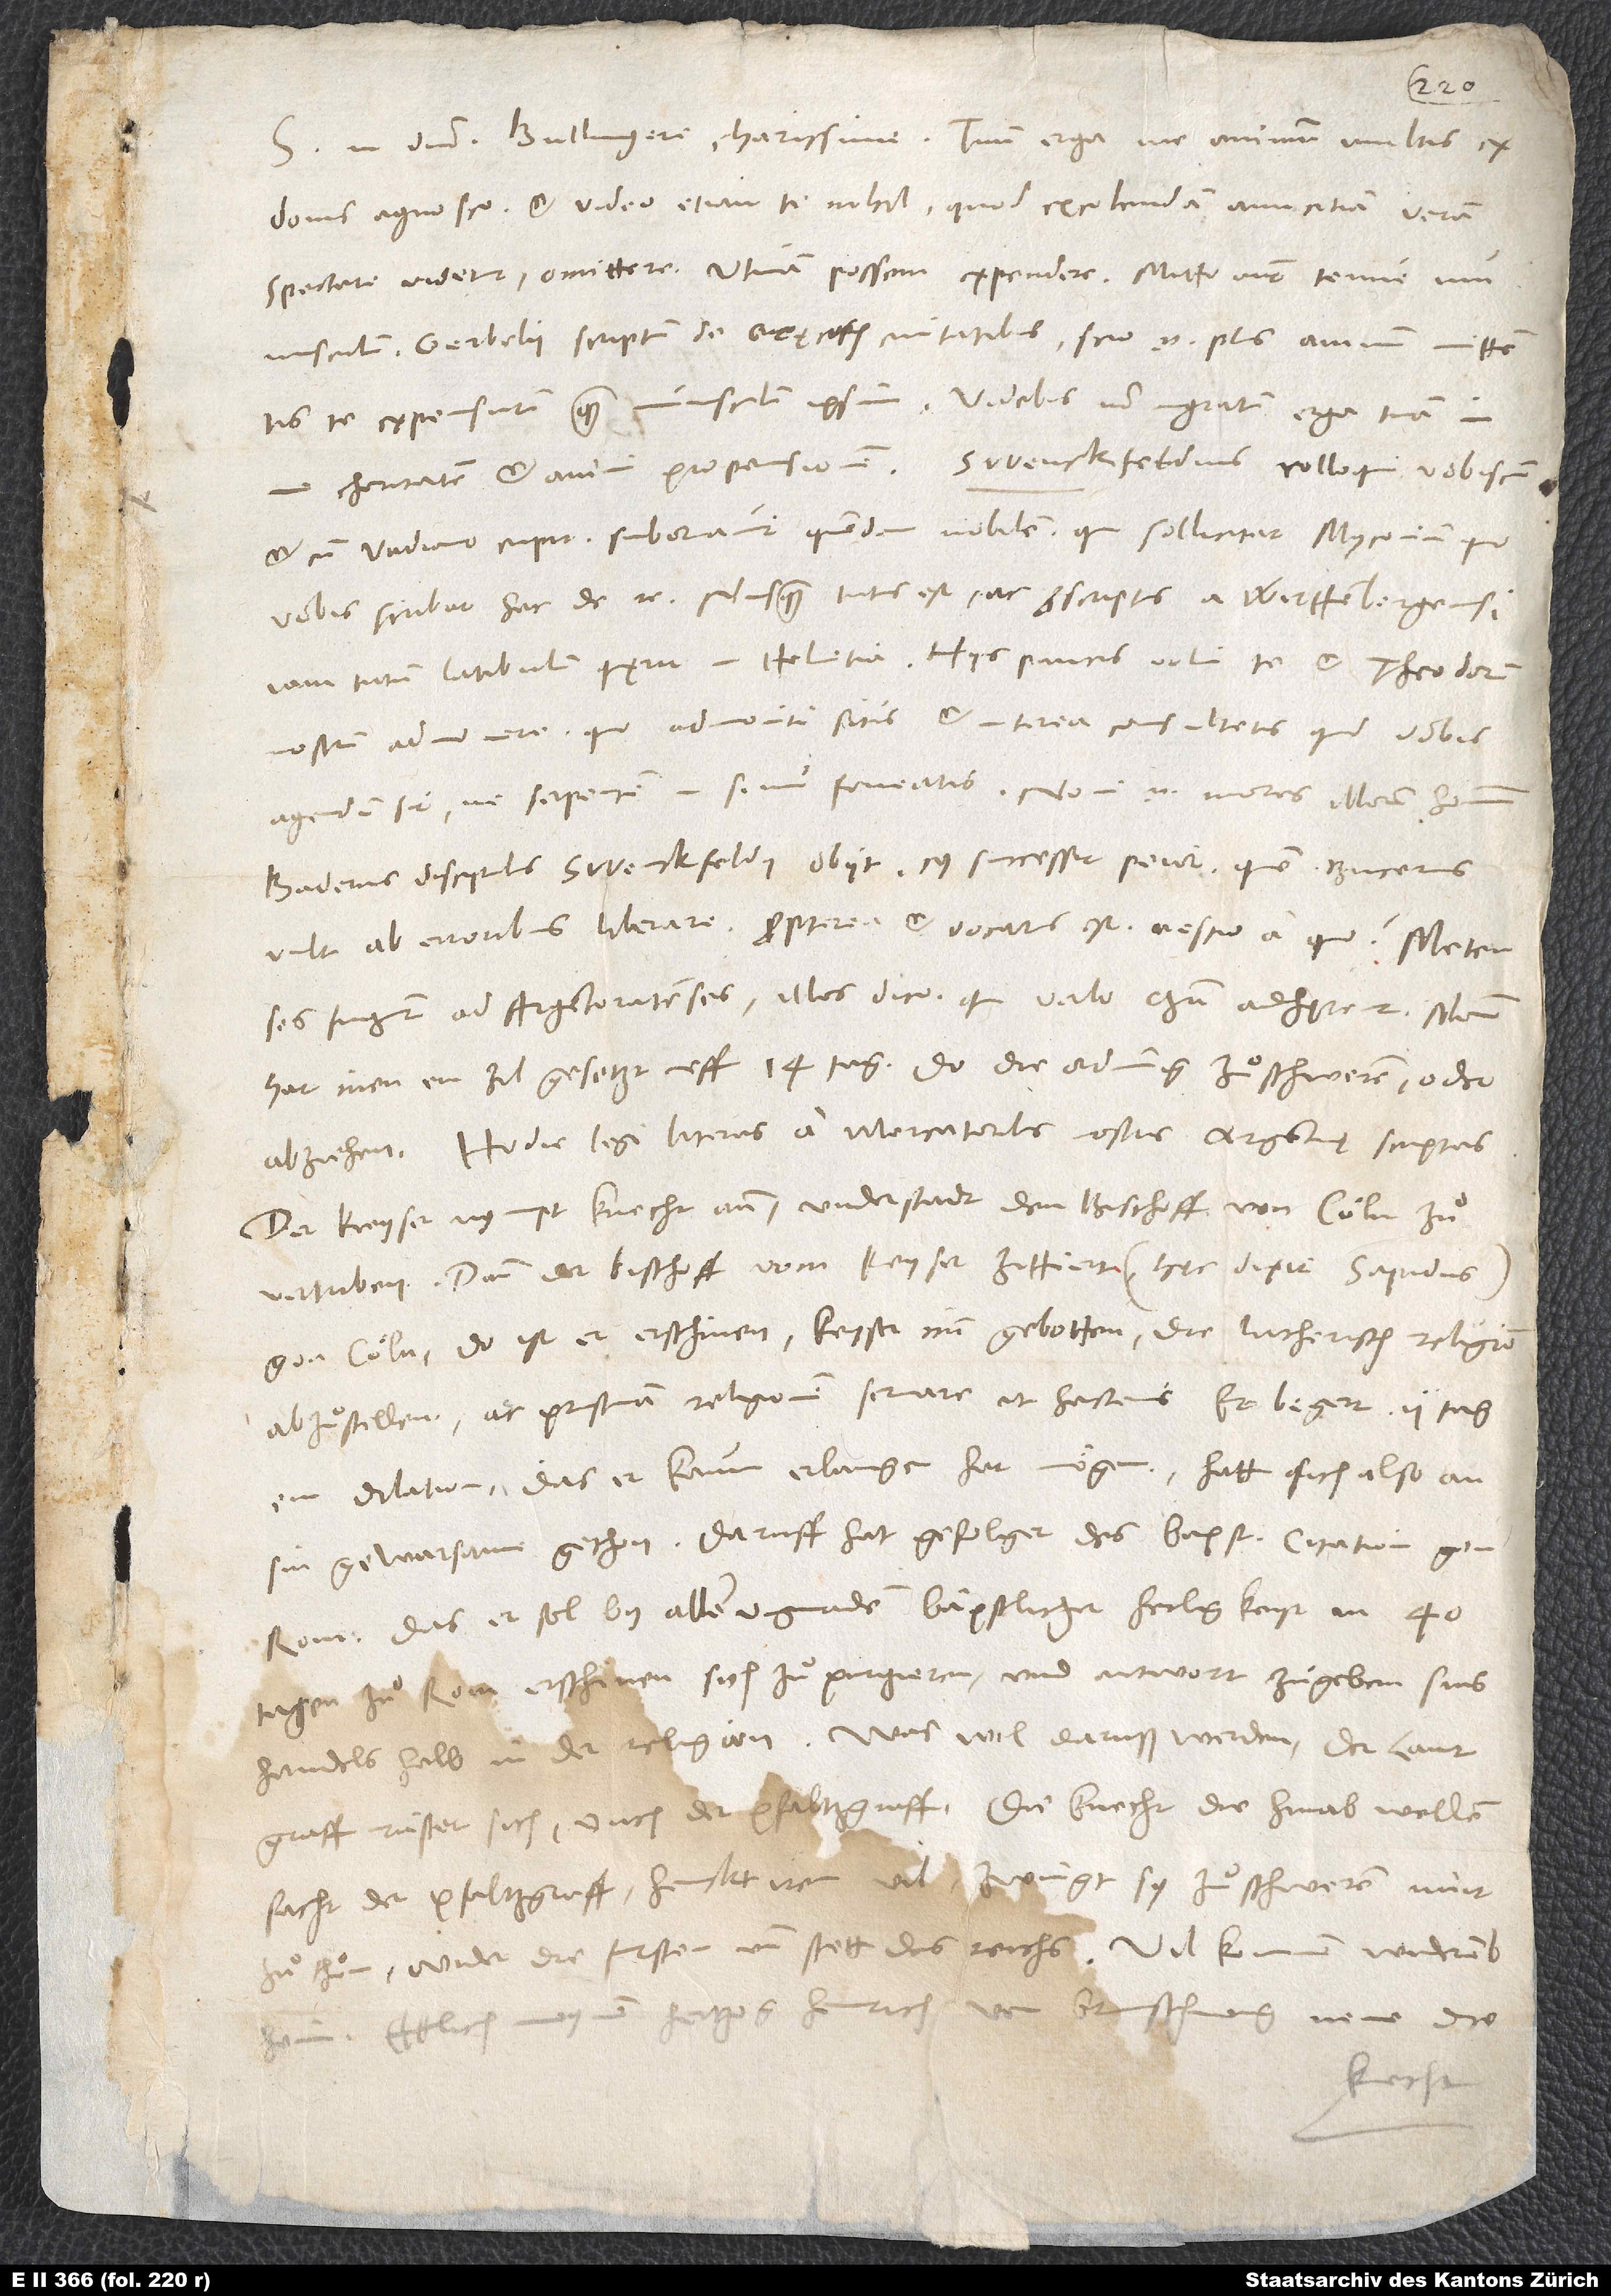
donis agnosco et video etiam te nihil, quod excolendam amicitiam veram
spectare videtur, omittere. Utinam possem expendere! Mitto nunc tenue
munusculum, Gerbelii scriptum de Gręcorum civitatibus. Scio enim plus animum mittentis
te expensurum quam munusculum ipsum. Videbis non ingratum erga tuam in
et cum Vadiano cupit. Subornavit quendam nobilem, qui sollicitat Myconium, quo
vobis scribat hac de re. Nusquam tutus est ac, proscriptus a Wirttembergensi,
iam tutum latibulum quęrit in Helvetia. Hiis paucis volui te et Theodorum
nostrum admonere, quo admoniti sitis et interea consultetis, quid vobis
agendum sit, ne serpentem in sinu foveatis. Novi enim mores illorum hominum.
Baderus, discipulus Swenckfeldii, obiit, cui successit peior, quem Bucerus
vult ab erroribus liberare, propterea et vocatus est, nescio a quo. Metenses
fugiunt ad Argentoratenses; illos dico, qui verbo Christi adhęrent.
hat inen ein zil gesetzt uff 14 tag, do die ordnung zuͦ schweren oder
Hodie legi literas a mercatoribus nostris Argentinę scriptas.
Der keyser nympt knecht ann; understat, den bischoff von Cöln zuͦ
vertriben, dann der bischoff vom keyser zittiert (hęc dixit Sapidus)
gon Cöln. Do ist er erschinen. Keyser imm gebotten, die lutherisch religion
abzuͦstellen ac pristinam religionem servare ut hactenus. Er begert 2 tag
ein dilation, das er kaum erlangen hat mögen. Hatt sich also an
sin gewarsame gethon. Daruff hat gefolget des bapst citation gen
Rom, das er sol by allen ungnaden bäpstlicher heiligkeyt in 40
tagen zuͦ Rom erschinen, sich zuͦ purgieren und antwort zuͦ geben sins
handels halb in der religion. Was will daruß werden?
lantgraff rüstet sich; ouch der pfaltzgraff. Die knecht, die hinab wellen,
facht der pfaltzgraff, henckt iren vil, zwingt sy zuͦ schweren, nuit
zuͦ thuͦn wider die fursten und stett des reichs. Vil kommen widerumb
Ettlich meynen, hertzog Heinrich von Brunschwig neme die